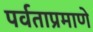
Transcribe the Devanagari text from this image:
पर्वताप्रमाणे